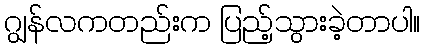
ဂျွန်လကတည်းက ပြည့်သွားခဲ့တာပါ။